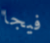
فيجا